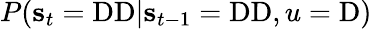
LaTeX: P(\mathbf{s}_{t}=\mathrm{DD}|\mathbf{s}_{t-1}=\mathrm{DD},u=\mathrm{D})